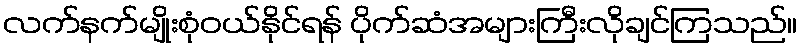
လက်နက်မျိုးစုံဝယ်နိုင်ရန် ပိုက်ဆံအများကြီးလိုချင်ကြသည်။